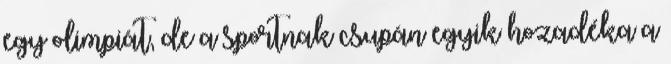
egy olimpiát, de a sportnak csupán egyik hozadéka a